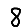
Digit: 8